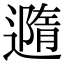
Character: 䢫